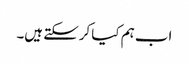
اب ہم کیا کرسکتے ہیں۔